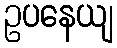
ဥပနေယျ